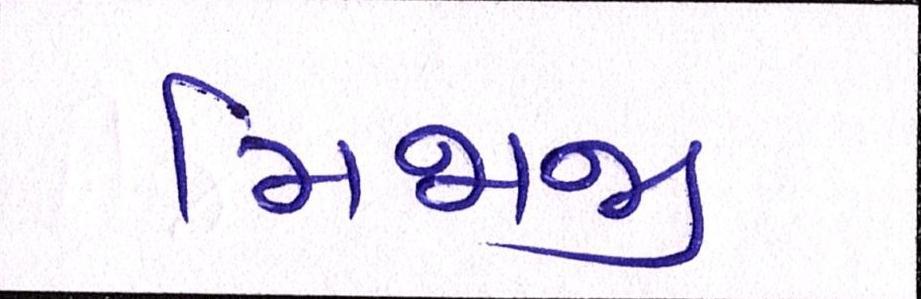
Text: મિજાજી